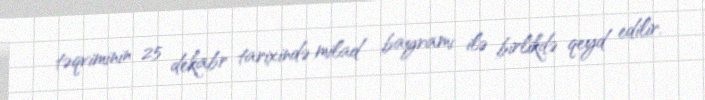
təqviminin 25 dekabr tarixində milad bayramı ilə birlikdə qeyd edilir.